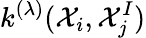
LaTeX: k^{(\lambda)}(\mathcal{X}_{i},\mathcal{X}_{j}^{I})